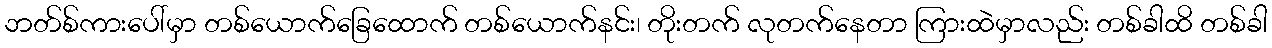
ဘတ်စ်ကားပေါ်မှာ တစ်ယောက်ခြေထောက် တစ်ယောက်နင်း၊ တိုးတက် လုတက်နေတာ ကြားထဲမှာလည်း တစ်ခါထိ တစ်ခါ